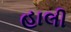
હાલી